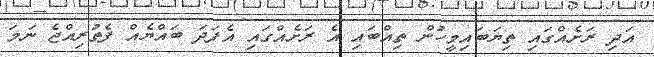
އަދި ރަށެއްގައި ތިޔަބައިމީހުން ތިއްބައި އެ ރަށެއްގައި އެފަދަ ބައްޔެއް ފެތުރިއްޖެ ނަމަ